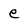
Character: e